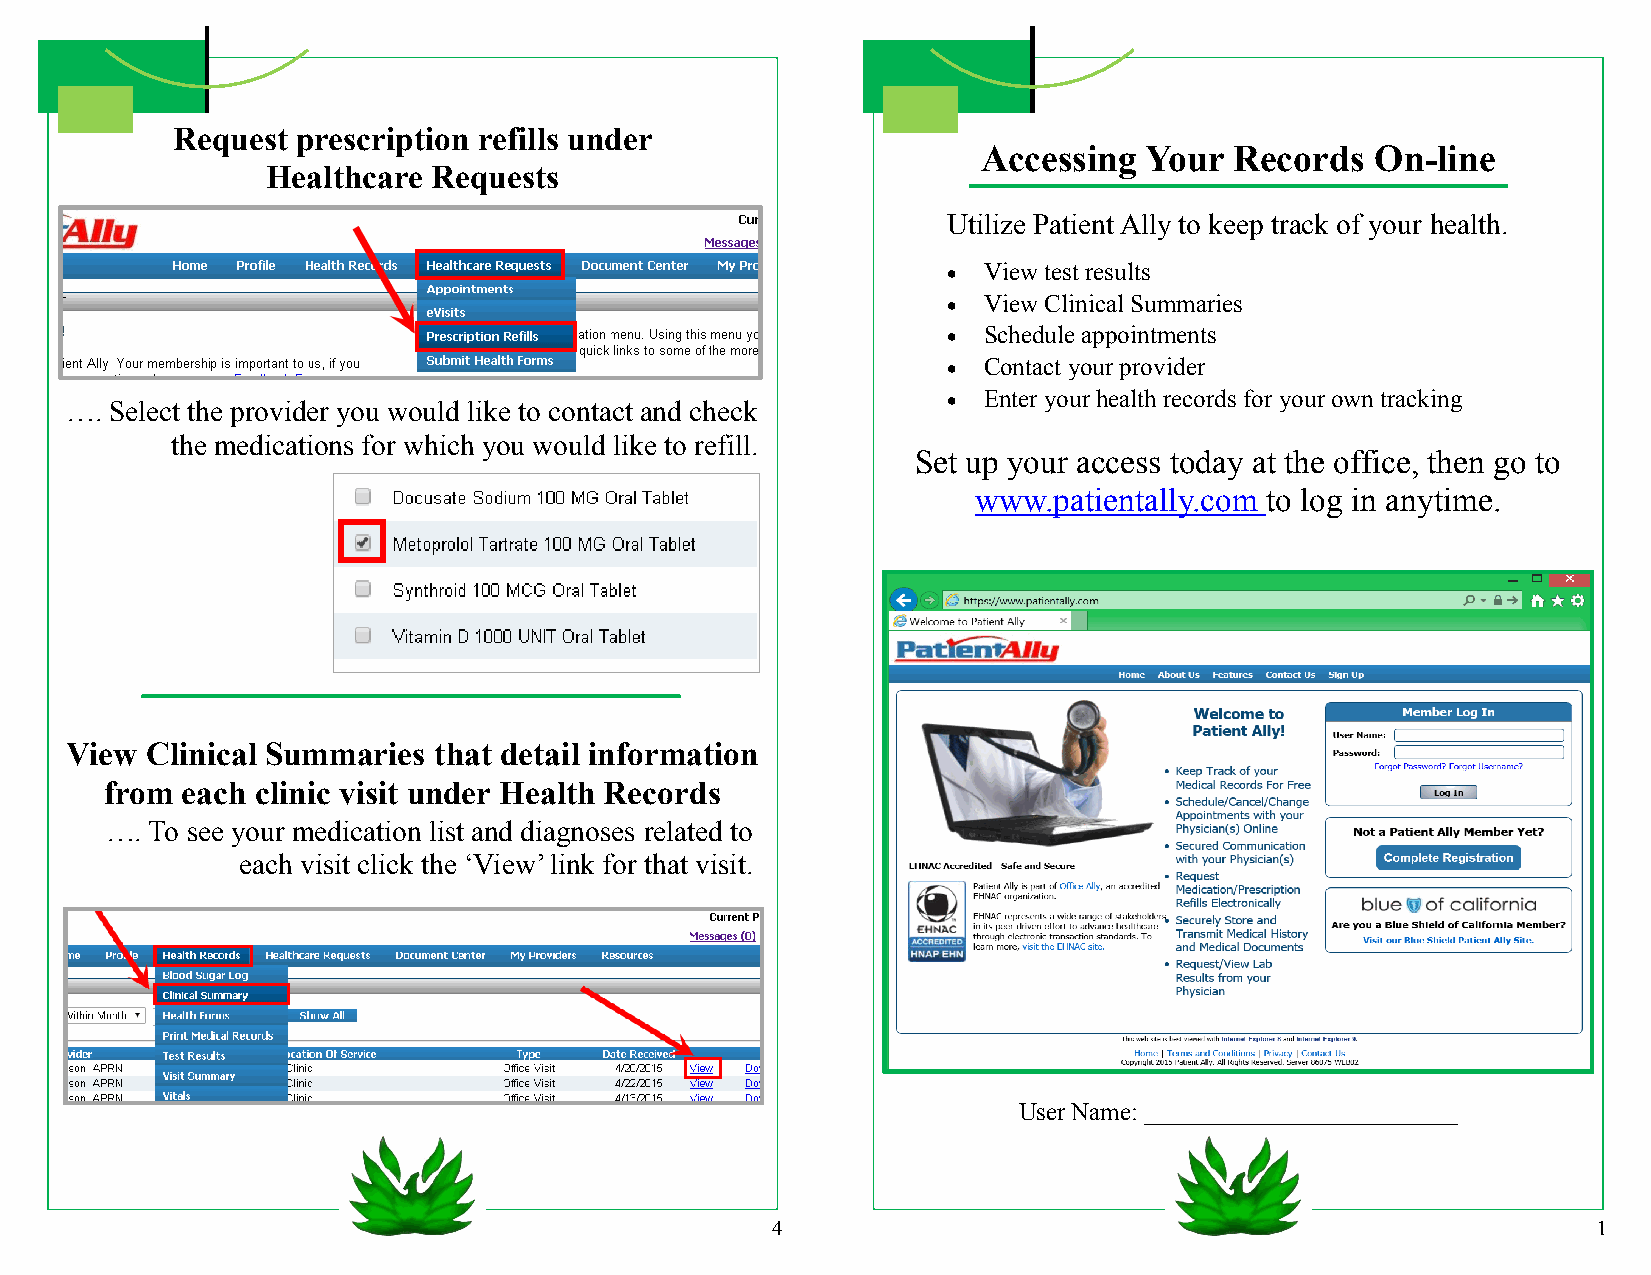
Request  prescription refills under
 Accessing  Your  Records  On-line
 Healthcare Requests
 Utilize Patient Ally to keep track of your health.
  View test results
  View Clinical Summaries
  Schedule appointments
  Contact your provider
  Enter your health records for your own tracking
 …. Select the provider you would like to contact and check
 the medications for which you would like to refill.
 Set up your access today at the office, then go to
 www.patientally.com to log in anytime.
 View  Clinical Summaries that detail information
 from each clinic visit under Health Records
 …. To see your medication list and diagnoses related to
 each visit click the ‘View’ link for that visit.
 User Name: _________________________
 4                                                      1